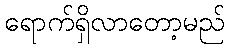
ရောက်ရှိလာတော့မည်